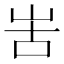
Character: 𠰛